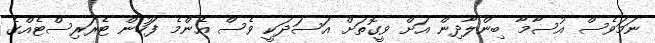
ނަމަވެސް އުސާމާ ބިންލާދިން އަށް ވީގޮތަށް އަސަދަކީ ވެސް އެންމެ ފަހުން ޓެރަރިސްޓެއްގެ